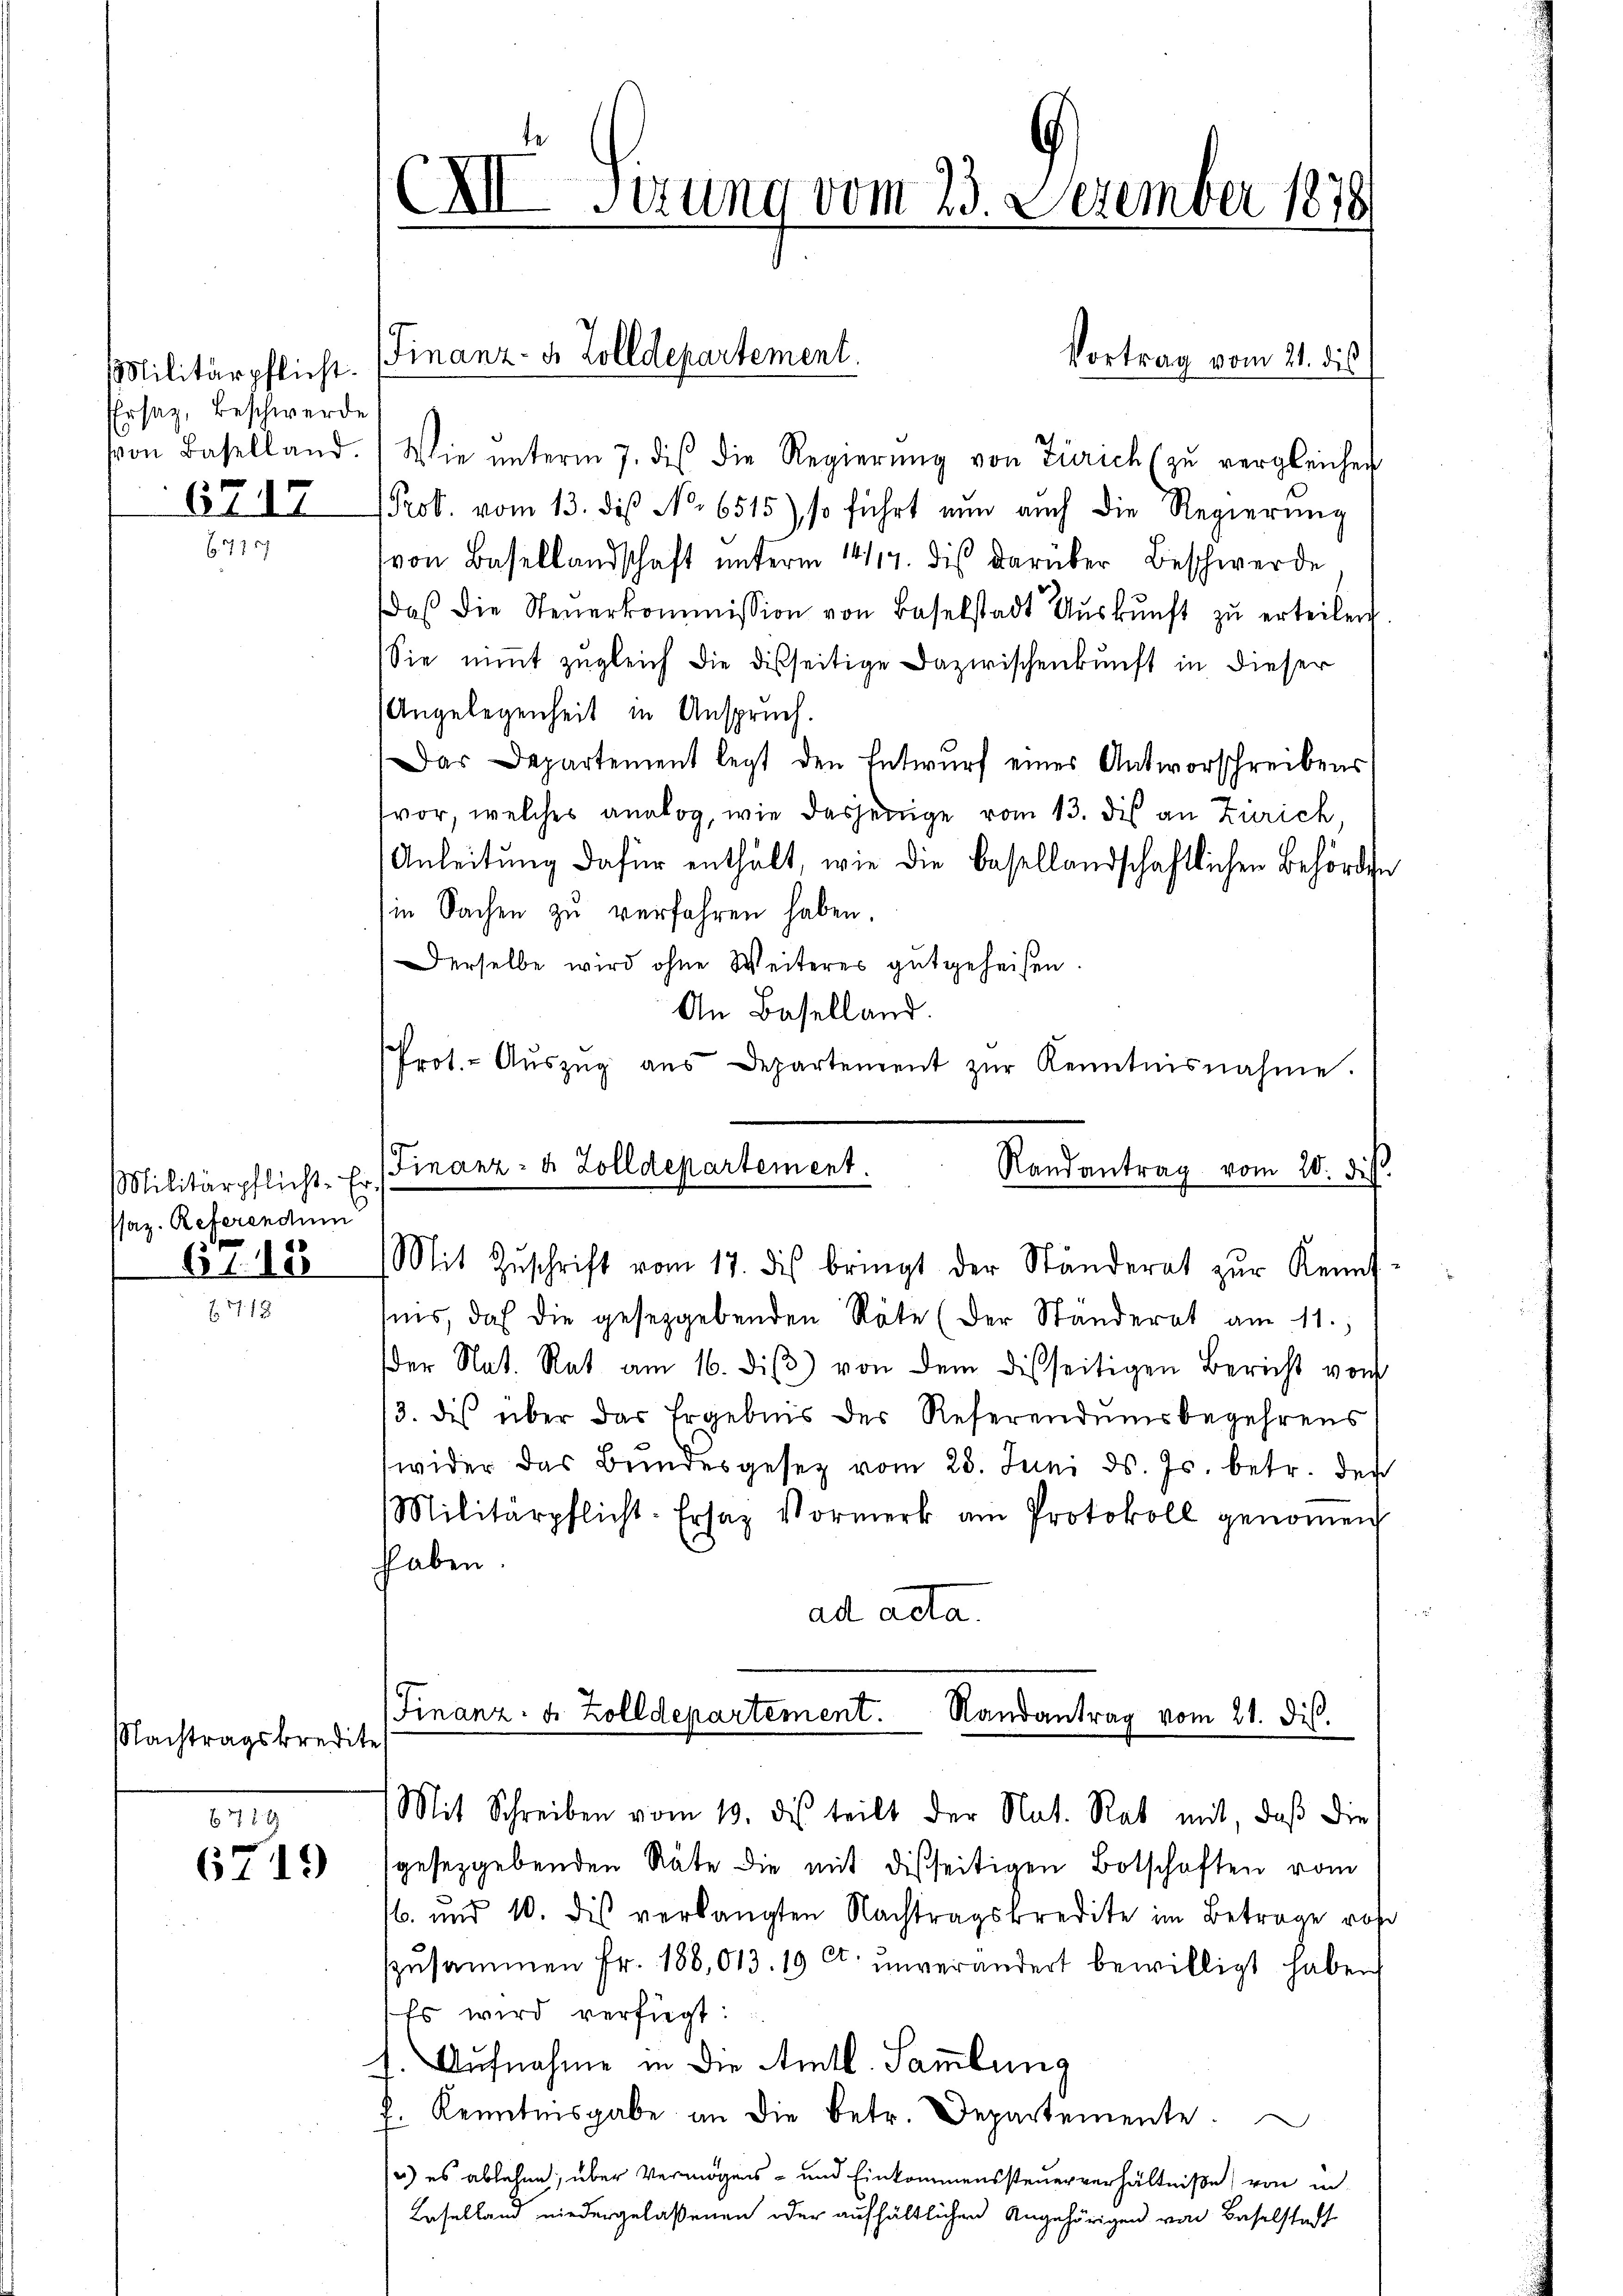
Militärpflicht.
Ersatz, Beschwerde

6717
 410

Militärpflicht. Er
Psaz. Referendum
6115

Nachtragskredite
619

6719

Vortrag vom 21. dis
von Baselland. Wie ŭnterm 7. des die Regierŭng von Zürich (zŭ vergleichen
Prob. vom 13. des No 6515), so führt nun auch die Regierung
von Basellandschaft unterm 14/17. dis darüber Beschwerde
daβ die Steŭerkommission von Baselstadt Aŭskŭnft zŭ erteilen.
Sie nimmt zugleich die disseitige Dazwischenkunft in dieser
Angelegenheit in Anspruch.
Das Departement legt den Entwurf eines Antworschreibens
vor, welches analog, wie dasjenige vom 13. des an Zürich
Anleitung dafür enthält, wie die Basellandschaftlichen Behörden
Ein Sachen zu verfahren haben.
Derselbe wird ohne Weiteres gutgeheißen.
An Baselland.
Prot.- Aŭszŭg aŭs Departement zŭr Kenntnisnahme.
(Finanz- u. Zolldepartement.
Randantrag vom 20. dies

XII Sirung vom 23. Dezember 1878

Finanz- u. Zolldepartement.

Mit Zŭschrift vom 17. dis bringt der Ständerat zŭr Kennt-

sins, daß die gesetzgebenden Räte (der Ständerat am 11.
der Nat. Rat am 16. diβ) von dem disseitigen Bericht von
13. des über das Ergebnis der Referendumsbegehrens
wider das Bundesgesetz vom 23. Juni d. Js. betr. der
Militärpflicht. Ersatz Vormerk am Protokoll genommen
haben.
ad acta.

Finanz- u. Zolldepartement. Randantrag vom 21. dis.
Mit Schreiben vom 10. des teilt der Nat. Rat mit, daß die

gesetzgebenden Räte die mit disseitigen Botschaften vom
16. und 10. des verlangten Nachtragskredite im Betrage ros
zusammen Fr. 188,013. 19 Ct. unverändert bewilligt haben
Es wird verfügt:
Aufnahme in die Amtl. Sammlung
4
f. Kenntnisgabe an die betr. Departemente.
.
) es ablehen, über Vermögens- und Einkommenssteuerverhältniße von in
Laselland niedergelaßenen oder aufhältlichen Angehörigen von Baselstadt